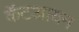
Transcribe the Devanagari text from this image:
कॅटआयन